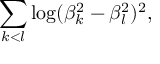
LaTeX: \sum _ { k < l } \log ( \beta _ { k } ^ { 2 } - \beta _ { l } ^ { 2 } ) ^ { 2 } ,